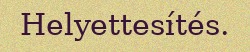
Helyettesítés.